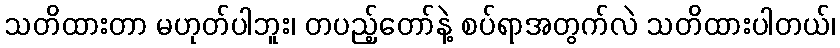
သတိထားတာ မဟုတ်ပါဘူး၊ တပည့်တော်နဲ့ စပ်ရာအတွက်လဲ သတိထားပါတယ်၊